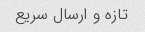
تازه و ارسال سریع